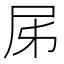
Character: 𡰾